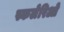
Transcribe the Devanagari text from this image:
स्कलेरिओ